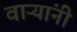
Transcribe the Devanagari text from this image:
वाऱ्यांनी